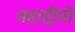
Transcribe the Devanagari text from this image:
महाद्वीपो